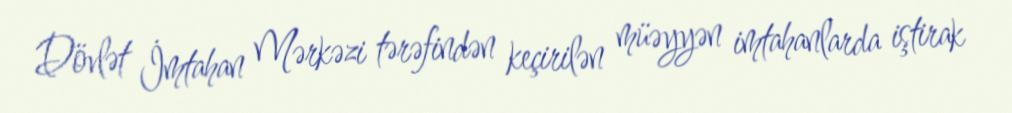
Dövlət İmtahan Mərkəzi tərəfindən keçirilən müəyyən imtahanlarda iştirak